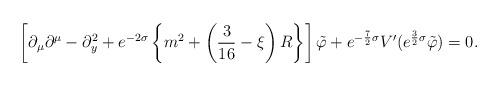
LaTeX: \begin{align*}\left[ \partial_\mu\partial^\mu - \partial_y^2 + e^{-2\sigma}\left\{ m^2 + \left( \frac{3}{16}-\xi \right) R \right\} \right]\tilde{\varphi} + e^{-\frac{7}{2}\sigma}V^\prime(e^{\frac{3}{2}\sigma}\tilde{\varphi})=0 . \end{align*}